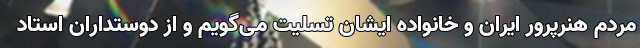
مردم هنرپرور ایران و خانواده ایشان تسلیت می‌گویم و از دوستداران استاد